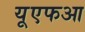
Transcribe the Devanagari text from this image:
यूएफआ